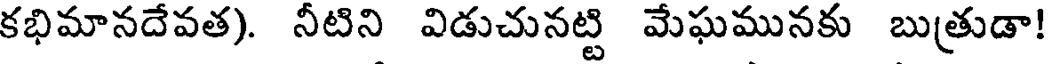
కభిమానదేవత). నీటిని విడుచునట్టి మేఘమునకు బుత్రుడా!